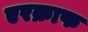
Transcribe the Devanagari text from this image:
एरक्राफ